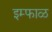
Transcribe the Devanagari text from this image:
इम्फाळ